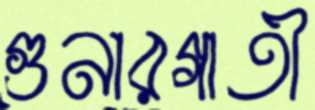
গুনারগাতী